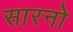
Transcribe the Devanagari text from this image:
सारनो